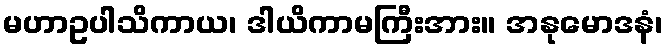
မဟာဥပါသိကာယ၊ ဒါယိကာမကြီးအား။ အနုမောဒနံ၊